Report of the Indian Hemp Drugs Commission, 1894-1895 - Volume III
Year: 1894
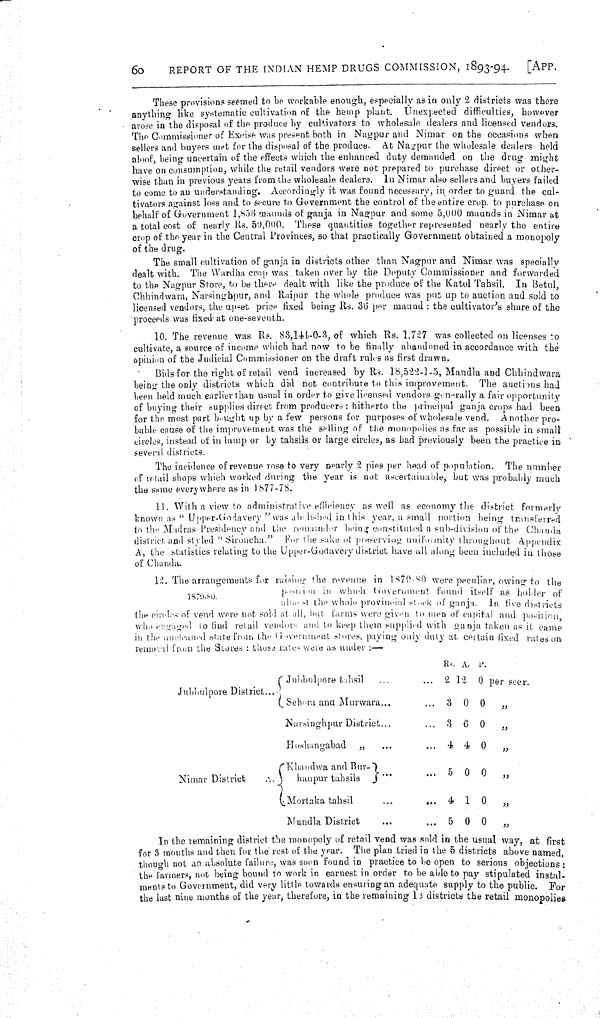
60
REPORT OF THE INDIAN HEMP DRUGS COMMISSION, 1893-94.
[APP.
These provisions seemed to be workable enough, especially as in only 2 districts was there
anything like systematic cultivation of the hemp plant. Unexpected difficulties, however
arose in the disposal of the produce by cultivators to wholesale dealers and licensed vendors.
The Commissioner of Excise was present both in Nagpur and Nimar on the occasions when
sellers and buyers met for the disposal of the produce. At Nagpur the wholesale dealers held
aloof, being uncertain of the effects which the enhanced duty demanded on the drug might
have on consumption, while the retail vendors were not prepared to purchase direct or other-
wise than in previous years from the wholesale dealers. In Nimar also sellers and buyers failed
to come to an understanding. Accordingly it was found necessary, in order to guard the cul-
tivators against loss and to secure to Government the control of the entire crop to purchase on
behalf of Government 1,856 maunds of ganja in Nagpur and some 5,000 maunds in Nimar at
a total cost of nearly Rs. 50,000. These quantities together represented nearly the entire
crop of the year in the Central Provinces, so that practically Government obtained a monopoly
of the drug.
The small cultivation of ganja in districts other than Nagpur and Nimar was specially
dealt with. The Wardha crop was taken over by the Deputy Commissioner and forwarded
to the Nagpur Store, to be there dealt with like the produce of the Katol Tahsil. In Betul,
Chhindwara, Narsinghpur, and Raipur the whole produce was put up to auction and sold to
licensed vendors, the upset price fixed being Rs. 36 per maund: the cultivator's share of the
proceeds was fixed at one-seventh.
10. The revenue was Rs. 83,144-0-3, of which Rs. 1,727 was collected on licenses to
cultivate, a source of income which had now to be finally abandoned in accordance with the
opinion of the Judicial Commissioner on the draft rules as first drawn.
Bids for the right of retail vend increased by Rs. 18,522-1-5, Mandla and Chhindwara
being the only districts which did not contribute to this improvement. The auctions had
been held much earlier than usual in order to give licensed vendors generally a fair opportunity
of buying their supplies direct from producers: hitherto the principal ganja crops had been
for the most part bought up by a few persons for purposes of wholesale vend. Another pro-
bable cause of the improvement was the selling of the monopolies as far as possible in small
circles, instead of in lump or by tahsils or large circles, as had previously been the practice in
several districts.
The incidence of revenue rose to very nearly 2 pies per head of population. The number
of retail shops which worked during the year is not ascertainable, but was probably much
the same everywhere as in 1877-78.
11. With a view to administrative efficiency as well as economy the district formerly
known as "Upper-Godavery" was abolished in this year, a small portion being transferred
to the Madras Presidency and the remiander being constituted a sub-division of the Chanda
district and styled "Sironcha." For the sake of preserving uniformity throughout Appendix
A, the statistics relating to the Upper-Godavery district have all along been included in those
of Chanda.
1879-80.
12. The arrangements for raising the revenue in 1879-80 were peculiar, owing to the
position
in
which Government found itself as holder of
almost
the whole provincial stock of ganja. In five districts
the circles of vend were not sold at all, but farms were given to men of capital and position,
who engaged to find retail vendors and to keep them supplied with ganja taken as it came
in the uncleaned state from the Government stores, paying only duty at certain fixed rates on
removal from the Stores: those rates were as under:—
Rs. A. P.
Jubbulpore tahsil
2 12 0 per seer.
Jubbulpore District
Sehora and Murwara
3 0 0
"
Narsinghpur District
3 6 0
"
Hoshangabad "
4 4 0
"
Khandwa and Bur-
5 0 0
Nimar District
hanpur tahsils
5 0 0
"
Mortaka tahsil
4 1 0
"
Mandla District
5 0 0
"
In the remaining district the monopoly of retail vend was sold in the usual way, at first
for 3 months and then for the rest of the year. The plan tried in the 5 districts above named,
though not an absolute failure, was soon found in practice to be open to serious objections:
the farmers, not being bound to work in earnest in order to be able to pay stipulated instal-
ments to Government, did very little towards ensuring an adequate supply to the public.
For
the last nine months of the year, therefore, in the remaining 13 districts the retail monopolies